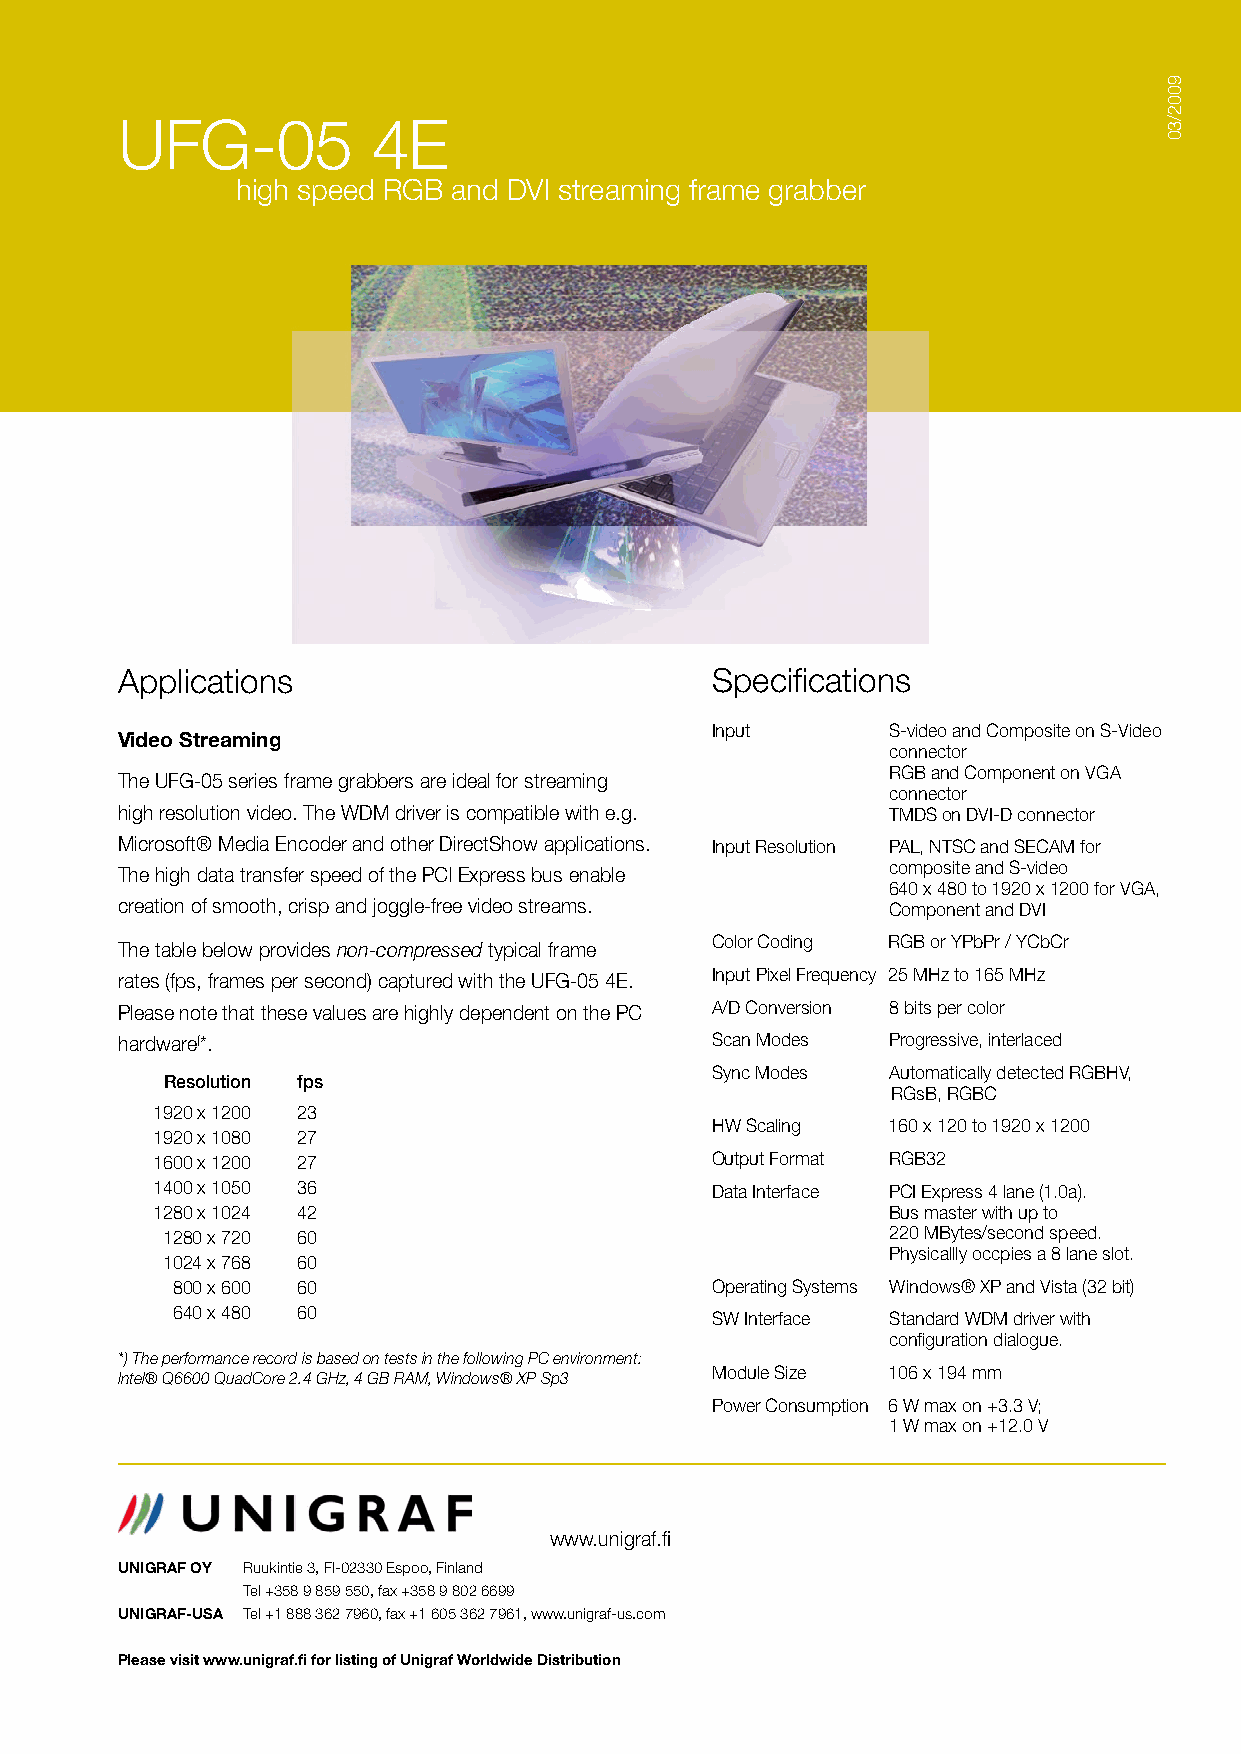
UFG-05           4E
 high speed RGB and DVI streaming frame grabber
 Applications                           Specifications
 Input       S-video and Composite on S-Video
 Video Streaming
 connector
 RGB and Component on VGA
 The UFG-05 series frame grabbers are ideal for streaming
 connector
 high resolution video. The WDM driver is compatible with e.g. TMDS on DVI-D connector
 Microsoft® Media Encoder and other DirectShow applications. Input Resolution PAL, NTSC and SECAM for
 composite and S-video
 The high data transfer speed of the PCI Express bus enable
 640 x 480 to 1920 x 1200 for VGA,
 creation of smooth, crisp and joggle-free video streams. Component and DVI
 Color Coding RGB or YPbPr / YCbCr
 The table below provides non-compressed typical frame
 rates (fps, frames per second) captured with the UFG-05 4E. Input Pixel Frequency 25 MHz to 165 MHz
 Please note that these values are highly dependent on the PC A/D Conversion 8 bits per color
 hardware(*.                            Scan Modes  Progressive, interlaced
 Sync Modes  Automatically detected RGBHV,
 Resolution fps
 RGsB, RGBC
 1920 x 1200 23
 HW Scaling  160 x 120 to 1920 x 1200
 1920 x 1080 27
 1600 x 1200 27                       Output Format RGB32
 1400 x 1050 36                       Data Interface PCI Express 4 lane (1.0a).
 1280 x 1024 42                                   Bus master with up to
 1280 x 720 60                                   220 MBytes/second speed.
 Physicallly occpies a 8 lane slot.
 1024 x 768 60
 800 x 600 60                        Operating Systems Windows® XP and Vista (32 bit)
 640 x 480 60                        SW Interface Standard WDM driver with
 configuration dialogue.
 *) The performance record is based on tests in the following PC environment:
 Module Size 106 x 194 mm
 Intel® Q6600 QuadCore 2.4 GHz, 4 GB RAM, Windows® XP Sp3
 Power Consumption 6 W max on +3.3 V;
 1 W max on +12.0 V
 www.unigraf.fi
 UNIGRAF OY Ruukintie 3, FI-02330 Espoo, Finland
 Tel +358 9 859 550, fax +358 9 802 6699
 UNIGRAF-USA Tel +1 888 362 7960, fax +1 605 362 7961, www.unigraf-us.com
 Please visit www.unigraf.fi for listing of Unigraf Worldwide Distribution
 9002/30